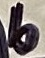
Text: b